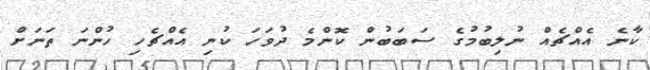
ކާނެ އެއްޗެއް ނުލިބުމުގެ ސަބަބުން ކޮންމެ ދުވަހަ ކުނި އެއްޗެހި ހުންނަ ތަނަށް